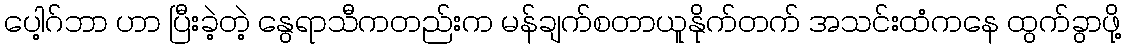
ပေါ့ဂ်ဘာ ဟာ ပြီးခဲ့တဲ့ နွေရာသီကတည်းက မန်ချက်စတာယူနိုက်တက် အသင်းထံကနေ ထွက်ခွာဖို့